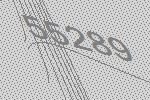
55289